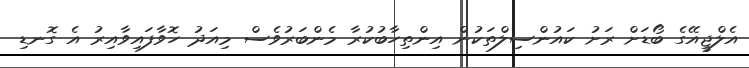
އެލްޖީއޭގެ ބޯޑަށް ރަށު ކައުންސިލްތަކުން އިންތިހާބުކުރާ މެންބަރުވެސް މިއަދު ހޮވާފައިވާއިރު އެ ގޮނޑި